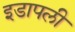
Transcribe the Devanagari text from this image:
इडापली